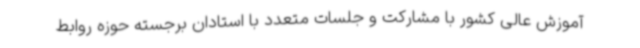
آموزش عالی کشور با مشارکت و جلسات متعدد با استادان برجسته حوزه روابط